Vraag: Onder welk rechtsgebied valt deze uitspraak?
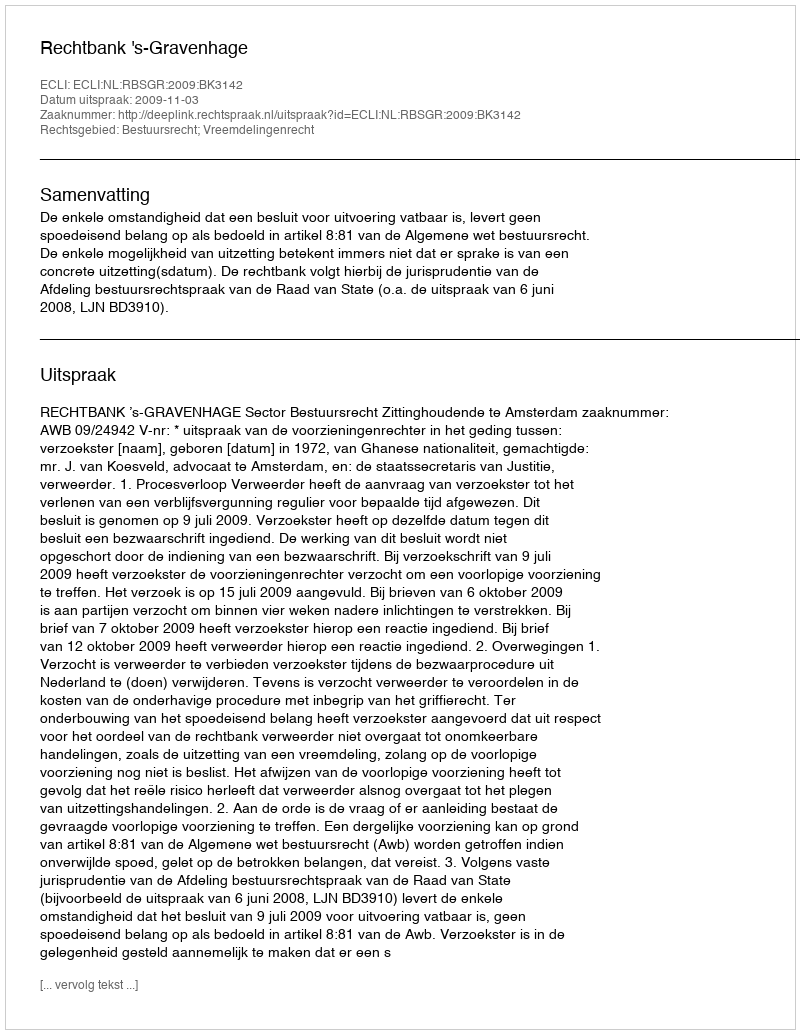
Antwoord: Bestuursrecht; Vreemdelingenrecht